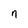
Character: n